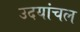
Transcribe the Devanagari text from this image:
उदयांचल